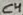
Text: C4